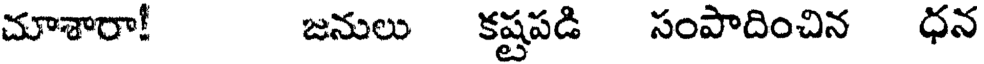
చూశారా! జనులు కష్టపడి సంపాదించిన ధన